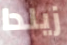
زيلدا